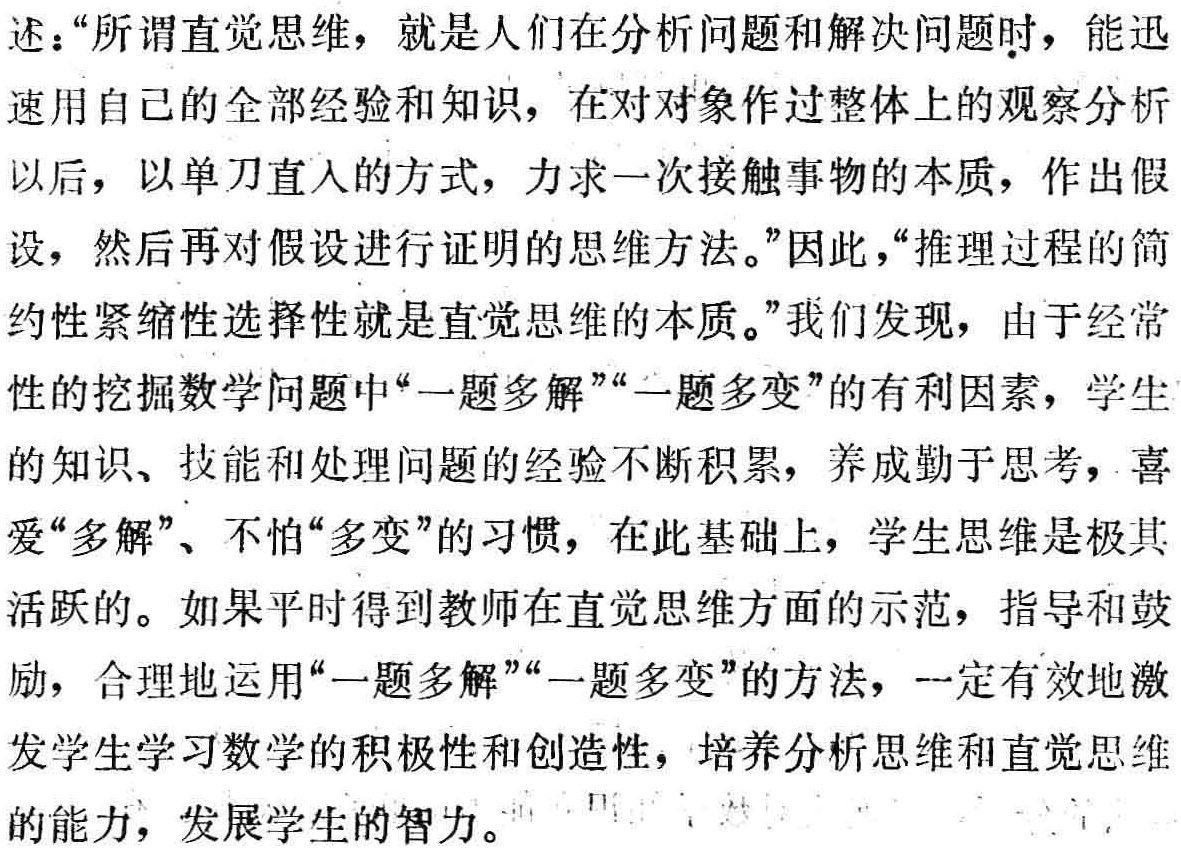
述：“所谓直觉思维，就是人们在分析问题和解决问题时，能迅速用自己的全部经验和知识，在对对象作过整体上的观察分析以后，以单刀直入的方式，力求一次接触事物的本质，作出假设，然后再对假设进行证明的思维方法。”因此，“推理过程的简约性紧缩性选择性就是直觉思维的本质。”我们发现，由于经常性的挖掘数学问题中“一题多解”“一题多变”的有利因素，学生的知识、技能和处理问题的经验不断积累，养成勤于思考，喜爱“多解”、不怕“多变”的习惯，在此基础上，学生思维是极其活跃的。如果平时得到教师在直觉思维方面的示范，指导和鼓励，合理地运用“一题多解”“一题多变”的方法，一定有效地激发学生学习数学的积极性和创造性，培养分析思维和直觉思维的能力，发展学生的智力。